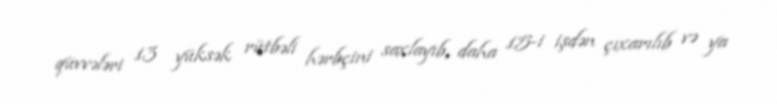
qüvvələri 13 yüksək rütbəli hərbçini saxlayıb, daha 15-i işdən çıxarılıb və ya